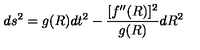
d s ^ { 2 } = g ( R ) d t ^ { 2 } - { \frac { [ f ^ { \prime \prime } ( R ) ] ^ { 2 } } { g ( R ) } } d R ^ { 2 }